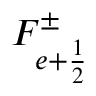
F _ { e + \frac { 1 } { 2 } } ^ { \pm }